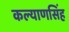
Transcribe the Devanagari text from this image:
कल्‍याणसिंह